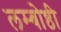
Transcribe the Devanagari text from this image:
लम्बोष्ठी